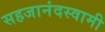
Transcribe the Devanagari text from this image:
सहजानंदस्वामी